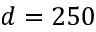
d = 2 5 0